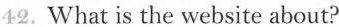
42.What is the website about?